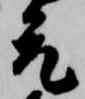
允